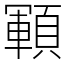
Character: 顐